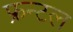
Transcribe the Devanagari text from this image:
फ्रन्‍टल